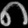
Digit: ၈